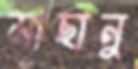
মাছানু